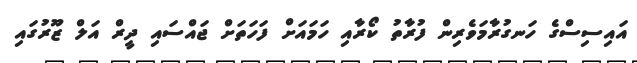
އައިސިސްގެ ހަނގުރާމަވެރިން ފުރާތު ކޯރާއި ހަމައަށް ފަހަތަށް ޖައްސައި ދީރް އަލް ޒޫރުގައި